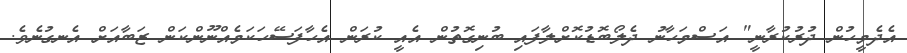
އެދެމީހުން ދުރުކުރާނީ" އަސްމަހާނު ދެލޯބޮޑުކޮށްލާފައި ބުނިގޮތުން އެއީ ކުރަން އެހާފަސޭހަކަމެއްނޫންކަން ޒަބާއަށް އެނގުނެވެ.